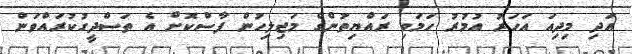
އަދި މިދިއަ އަހަރު އުމުރު ހަމަވި ރައްޔިތުންގެ މަޖިލިހުން ފާސްކޮށް އެ ތަސްދީގުކުރައްވަން